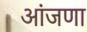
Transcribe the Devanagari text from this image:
आंजणा